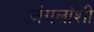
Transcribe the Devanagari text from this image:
जंगलांशी